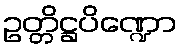
ဥတ္တိဋ္ဌပိဏ္ဍော